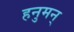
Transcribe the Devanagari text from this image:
हनुमन्